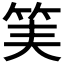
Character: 𥬟